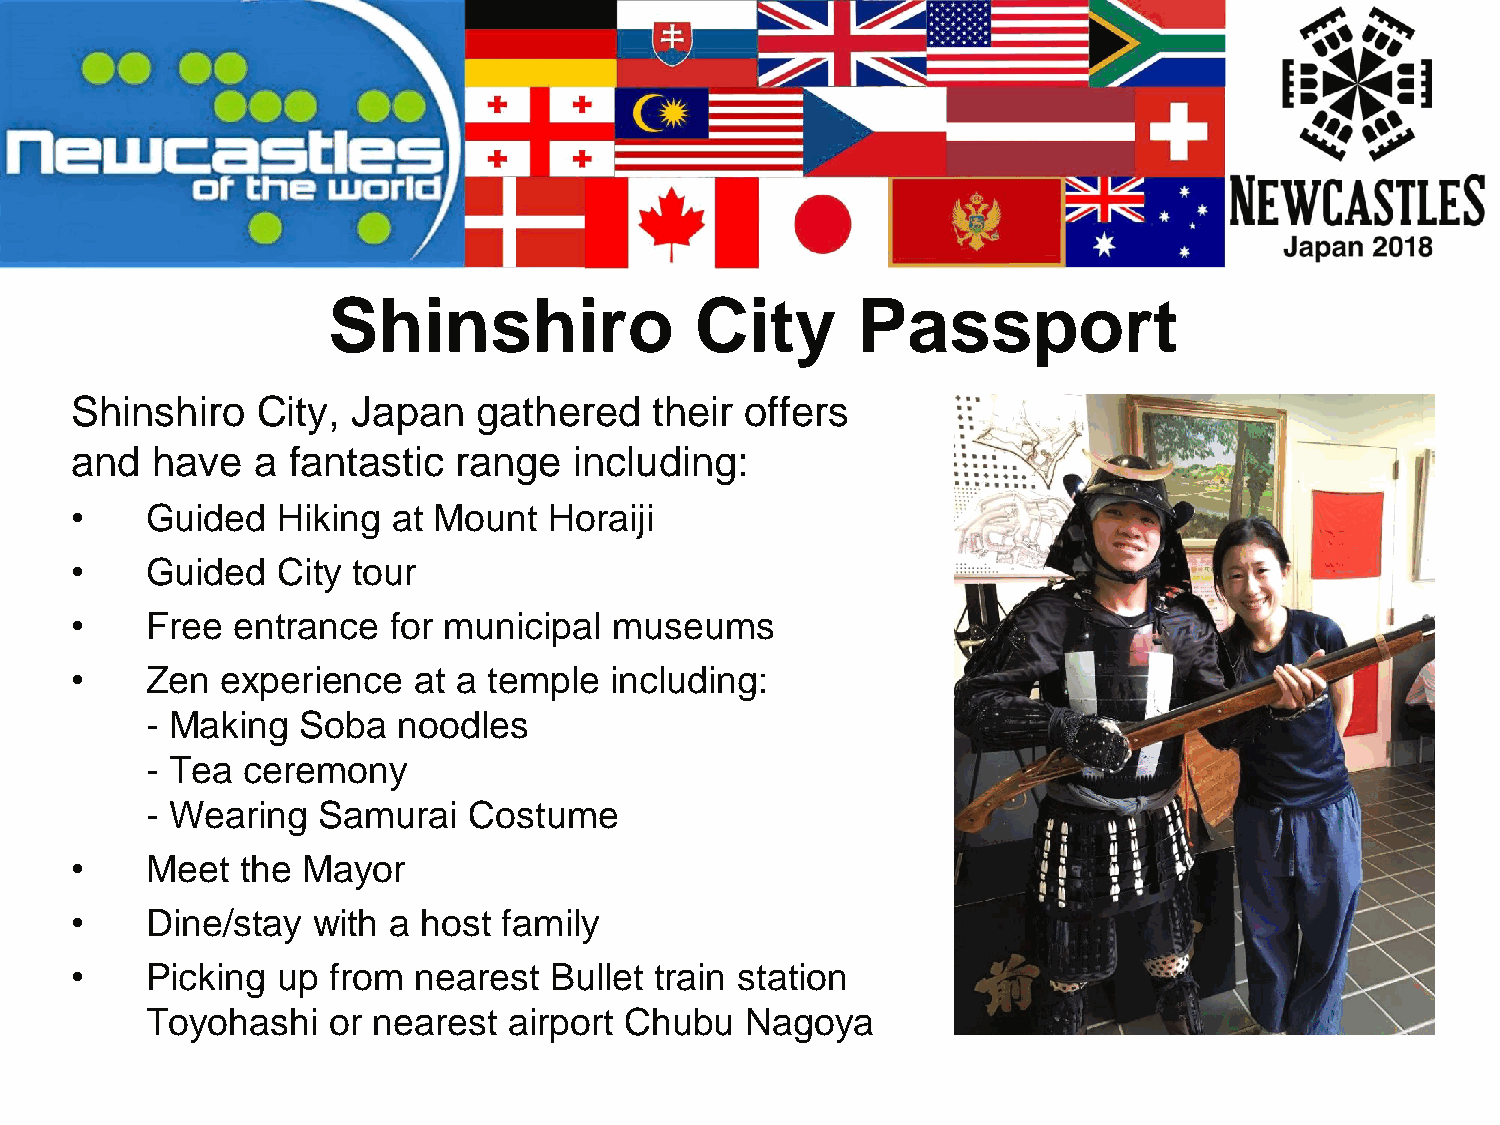
Shinshiro               City       Passport
 Shinshiro   City, Japan    gathered   their offers
 and  have   a fantastic  range   including:
 •    Guided  Hiking  at Mount  Horaiji
 •    Guided  City tour
 •    Free entrance   for municipal  museums
 •    Zen  experience  at a temple  including:
 - Making  Soba  noodles
 - Tea ceremony
 - Wearing  Samurai   Costume
 •    Meet  the Mayor
 •    Dine/stay  with a host family
 •    Picking up  from nearest  Bullet train station
 Toyohashi   or nearest  airport Chubu  Nagoya